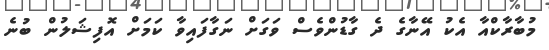
މުބާރާކްއާ އެކު އޭނާގެ ދެ ގާޑުންވެސް ވަގަށް ނަގާފައިވާ ކަމަށް އޮފިޝަލުން ބުނެ